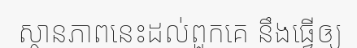
ស្ថានភាពនេះដល់ពួកគេ នឹងធ្វើឲ្យ